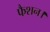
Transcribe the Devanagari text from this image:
फैशन।